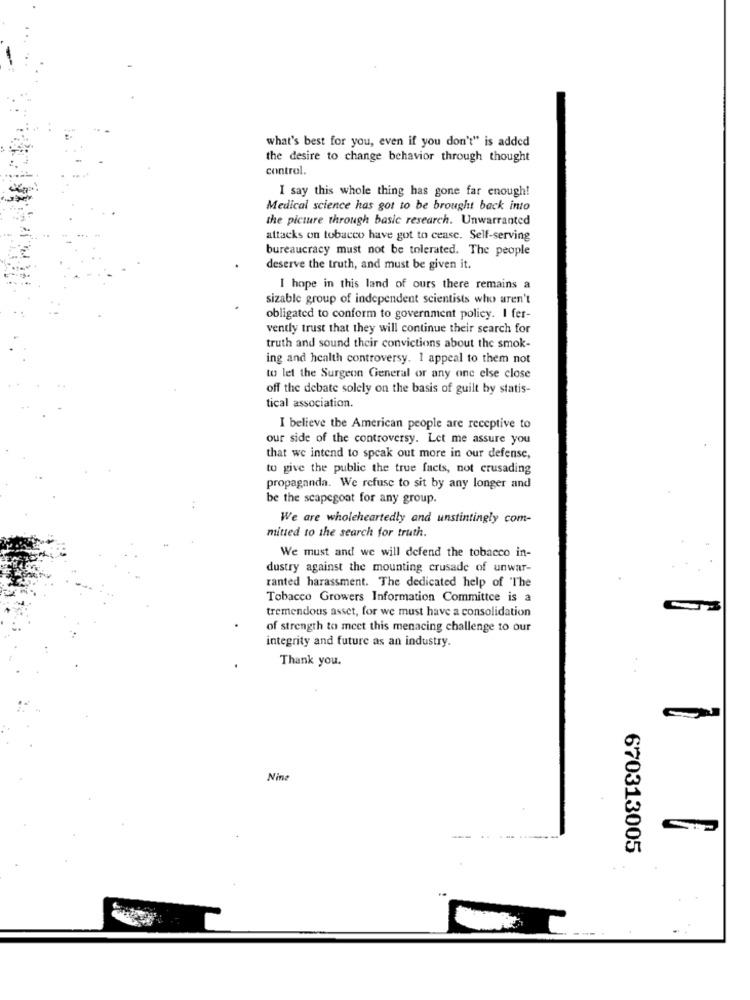
what's best for you, even if you don't" is added
the desire to change behavior through thought
control.
I say this whole thing has gone far enough!
Medical science has got to be brought back into
the picture through basic research. Unwarranted
attacks on tobacco have got to cease. Self-serving
bureaucracy must not be tolerated. The people
deserve the truth, and must be given it.
I hope in this land of ours there remains a
sizable group of independent scientists who aren't
obligated to conform to government policy. I fer-
vendy trust that they will continue their search for
truth and sound their convictions about the smok-
ing and health controversy. 1 appeal to them not
to let the Surgeon General or any one else close
off the debate solely on the basis of guilt by statis-
tical association.
I believe the American people are receptive to
our side of the controversy. Let me assure you
that we intend to speak out more in our defense,
to give the public the true facts, not crusading
propaganda. We refuse to sit by any longer and
be the scapegoat for any group.
We are wholeheartedly and unstintingly com-
mitted to the search for truth.
We must and we will defend the tobacco in-
dustry against the mounting crusade of unwar-
ranted harassment. The dedicated help of The
Tobacco Growers Information Committee is a
tremendous asset, for we must have a consolidation
of strength to meet this menacing challenge to our
integrity and future as an industry.
Thank you.
. .
Nine
670313005
----